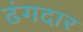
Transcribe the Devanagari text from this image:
ढंगदार